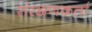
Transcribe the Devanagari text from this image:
संरक्षणकर्ता